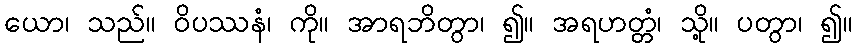
ယော၊ သည်။ ဝိပဿနံ၊ ကို။ အာရဘိတွာ၊ ၍။ အရဟတ္တံ၊ သို့။ ပတွာ၊ ၍။